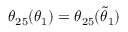
\theta _ { 2 5 } ( \theta _ { 1 } ) = \theta _ { 2 5 } ( \tilde { \theta } _ { 1 } )